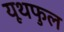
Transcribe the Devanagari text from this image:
यूथफुल